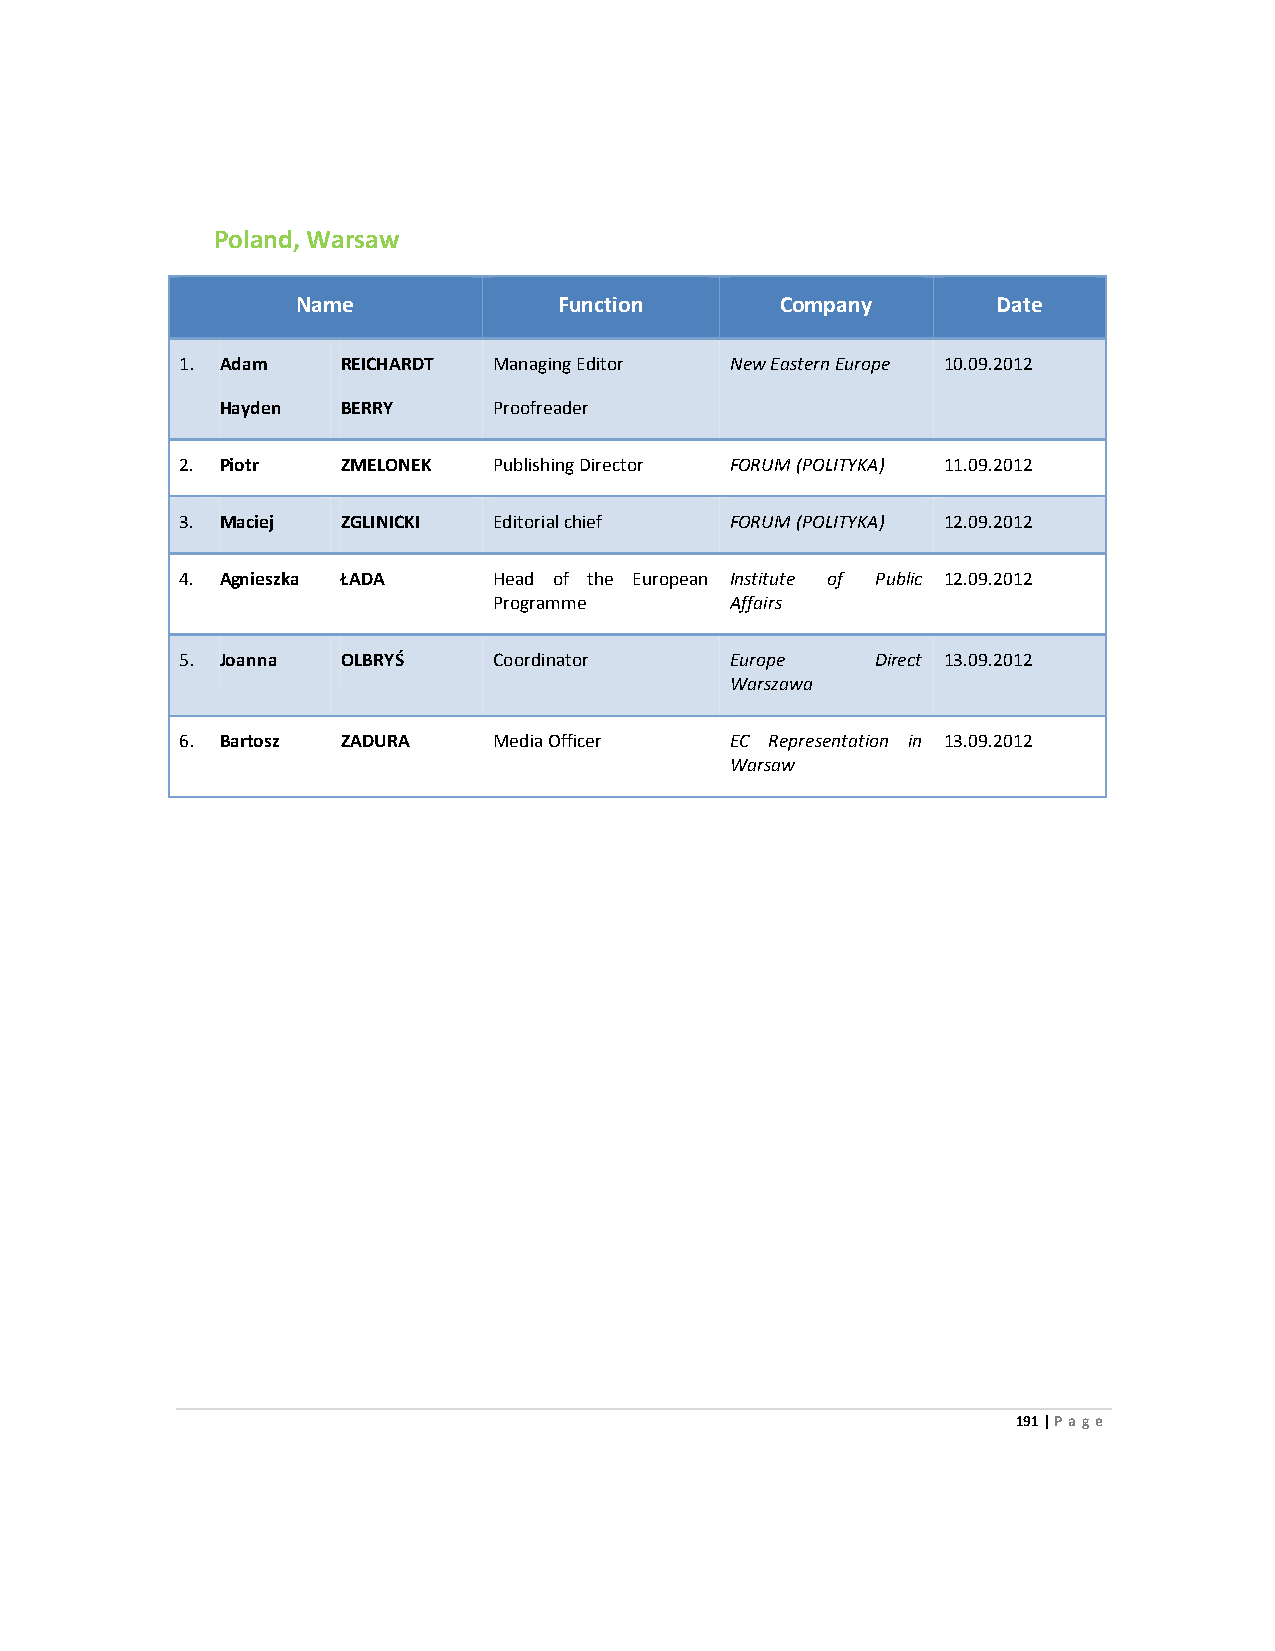
Poland, Warsaw
 Name             Function       Company       Date
 1. Adam    REICHARDT Managing Editor New Eastern Europe 10.09.2012
 Hayden  BERRY     Proofreader
 2. Piotr   ZMELONEK  Publishing Director FORUM (POLITYKA) 11.09.2012
 3. Maciej  ZGLINICKI Editorial chief FORUM (POLITYKA) 12.09.2012
 4. Agnieszka ŁADA    Head of the European Institute of Public 12.09.2012
 Programme      Affairs
 5. Joanna  OLBRYŚ    Coordinator    Europe    Direct 13.09.2012
 Warszawa
 6. Bartosz ZADURA    Media Officer  EC Representation in 13.09.2012
 Warsaw
 191 | Page